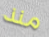
منذ